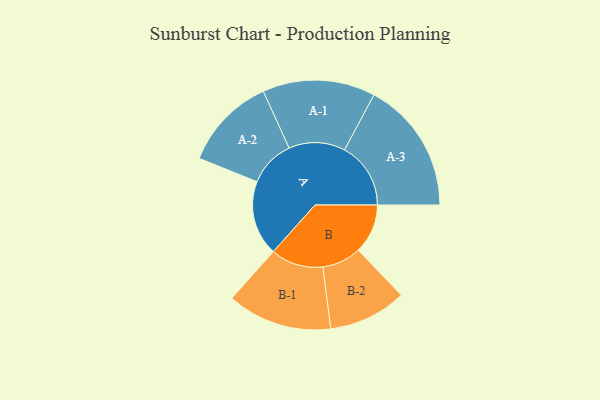
{"axis": {"x": "Segment", "y": "Value"}, "legend": ["", "A", "B"], "data": [{"x": "A", "y": 296, "type": ""}, {"x": "B", "y": 195, "type": ""}, {"x": "A-1", "y": 222, "type": "A"}, {"x": "A-2", "y": 184, "type": "A"}, {"x": "A-3", "y": 261, "type": "A"}, {"x": "B-1", "y": 207, "type": "B"}, {"x": "B-2", "y": 154, "type": "B"}]}